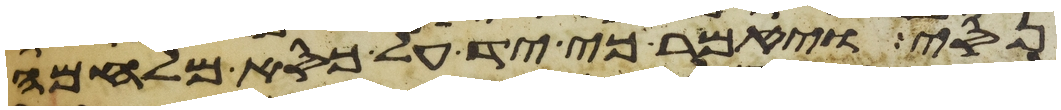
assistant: נסי ויאמר כי יד על כסא מלחמה